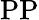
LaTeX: \mathrm{PP}